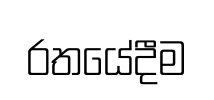
රතයේදීම